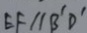
E F / / B ^ { \prime } D ^ { \prime }